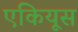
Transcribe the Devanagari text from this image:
एकियूस